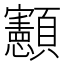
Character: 𮨥